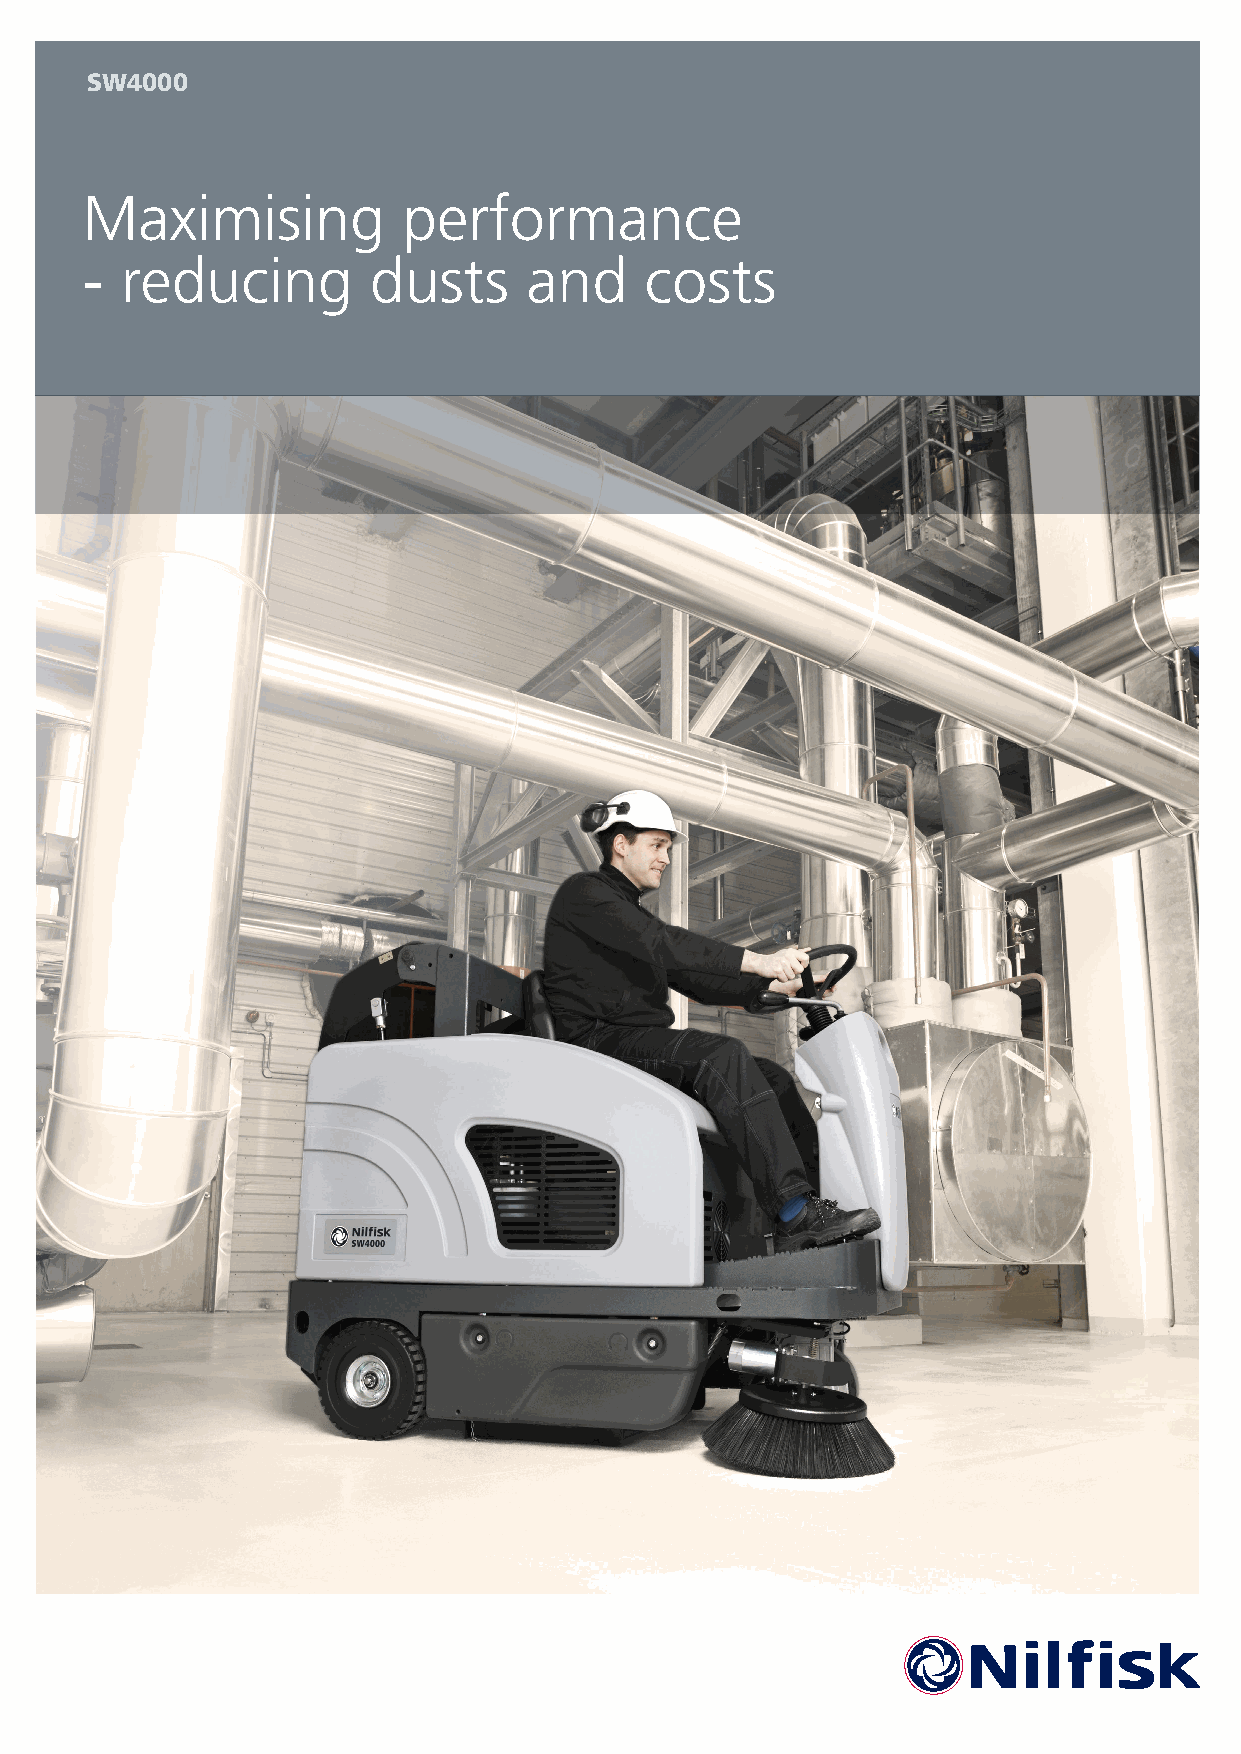
SW4000
 Maximising            performance
 -  reducing        dusts      and     costs